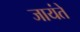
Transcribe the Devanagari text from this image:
जायंते